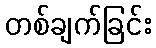
တစ်ချက်ခြင်း